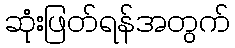
ဆုံးဖြတ်ရန်အတွက်